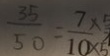
\frac { 3 5 } { 5 0 } = \frac { 7 \times } { 1 0 \times 5 }